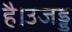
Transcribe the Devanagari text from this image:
है।उजड्ड